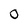
Character: 0